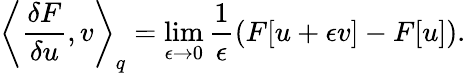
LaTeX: \left\langle\frac{\delta F}{\delta u},v\right\rangle_{q}=\operatorname*{lim}_{\epsilon\to 0}\frac{1}{\epsilon}\left(F[u+\epsilon v]-F[u]\right).